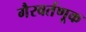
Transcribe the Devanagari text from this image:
गैरवर्तणूक